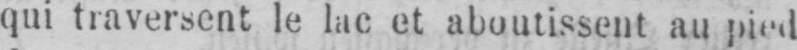
qui traversent le lac et aboutissent au pied